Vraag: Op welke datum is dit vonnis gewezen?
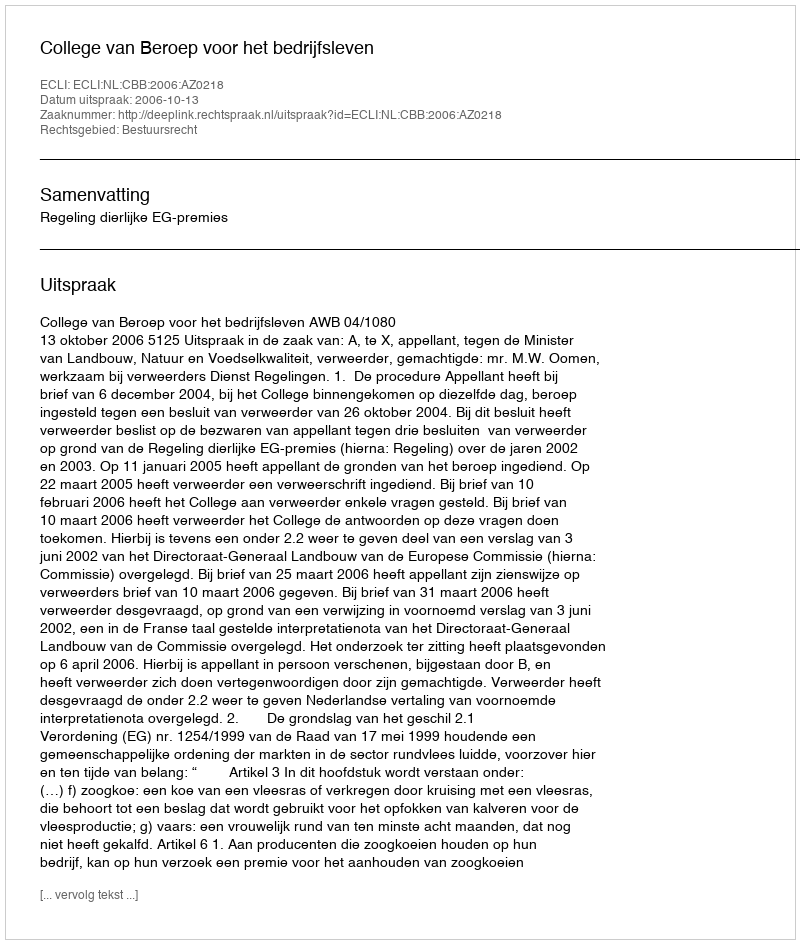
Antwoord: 2006-10-13